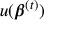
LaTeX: u ( { \boldsymbol { \beta } } ^ { ( t ) } )